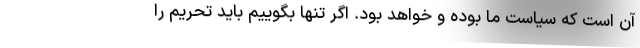
آن است که سیاست ما بوده و خواهد بود. اگر تنها بگوییم باید تحریم را